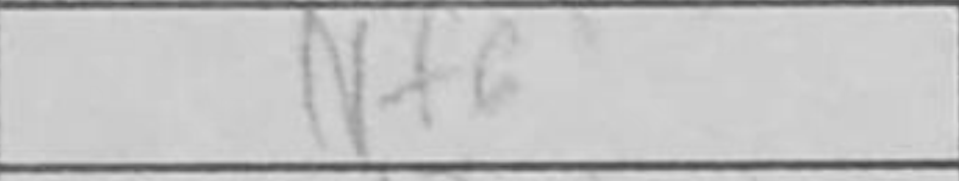
Transcription: Nf6